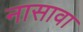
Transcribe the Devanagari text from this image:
नासावा